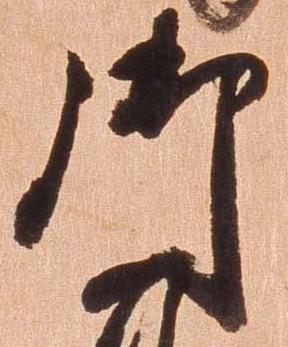
御